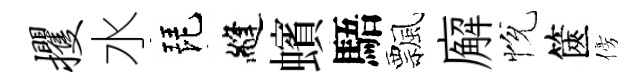
攫水琵縫蠙䮏飄廨恱篋傍